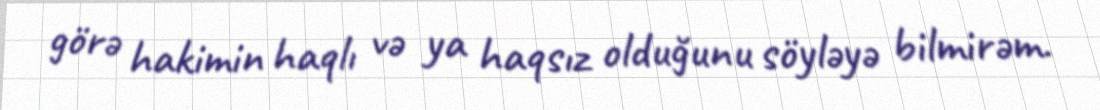
görə hakimin haqlı və ya haqsız olduğunu söyləyə bilmirəm.